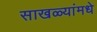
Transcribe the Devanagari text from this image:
साखळ्यांमधे